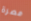
مصرة